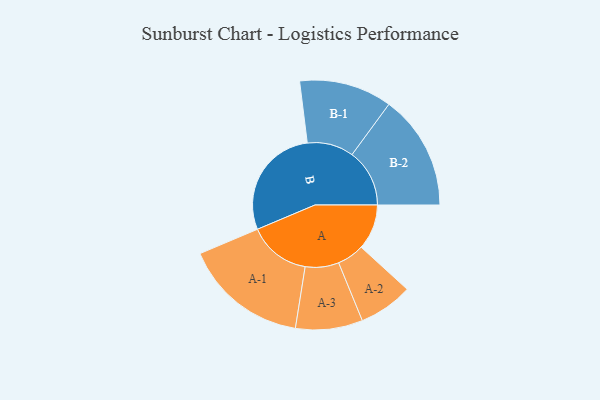
{"axis": {"x": "Segment", "y": "Value"}, "legend": ["", "A", "B"], "data": [{"x": "A", "y": 176, "type": ""}, {"x": "B", "y": 439, "type": ""}, {"x": "A-1", "y": 241, "type": "A"}, {"x": "A-2", "y": 105, "type": "A"}, {"x": "A-3", "y": 130, "type": "A"}, {"x": "B-1", "y": 180, "type": "B"}, {"x": "B-2", "y": 223, "type": "B"}]}